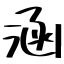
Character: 涵